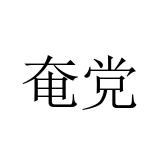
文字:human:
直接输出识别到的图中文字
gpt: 奄党